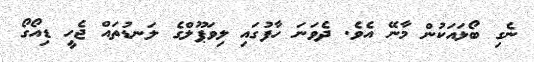
ނެގި ބޯޅައަކުން މާނޭ އެވެ. ދެވަނަ ހާފުގައި ލިވަޕޫލްގެ ލަނޑުތައް ޖެހީ ޑިއޯގޯ